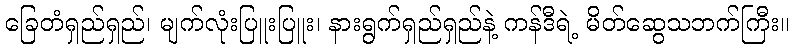
ခြေတံရှည်ရှည်၊ မျက်လုံးပြူးပြူး၊ နားရွက်ရှည်ရှည်နဲ့ ကန်ဒီရဲ့ မိတ်ဆွေသဘက်ကြီး။